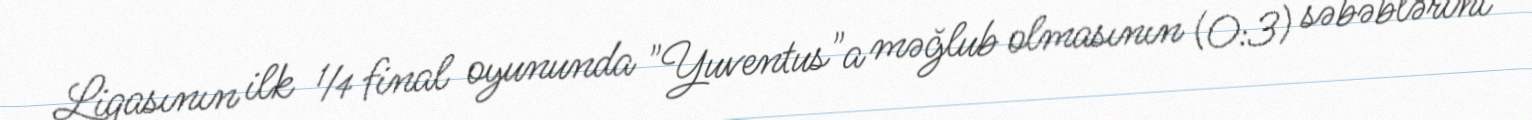
Liqasının ilk ¼ final oyununda "Yuventus"a məğlub olmasının (0:3) səbəblərini